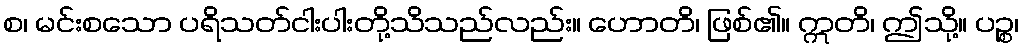
စ၊ မင်းစသော ပရိသတ်ငါးပါးတို့သိသည်လည်း။ ဟောတိ၊ ဖြစ်၏။ ဣတိ၊ ဤသို့။ ပဉ္စ၊